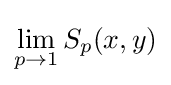
\lim _{p\to 1}S_{p}(x,y)